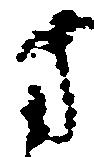
方